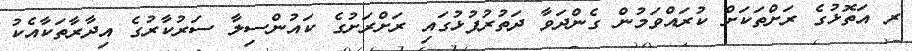
ރ އަތޮޅުގެ ރަށްތަކަށް ކުރައްވަމުން ގެންދަވާ ދަތުރުފުޅުގައި ރަށްރަށުގެ ކައުންސިލާ ސަރުކާރުގެ އިދާރާތަކާއެކު